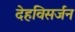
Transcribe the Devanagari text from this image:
देहविसर्जन